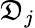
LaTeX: \mathfrak{D}_{j}